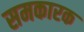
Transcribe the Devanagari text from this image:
समकारक